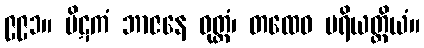
၉၉၁။ ပိဋကံ ဘာဇနေ ဝုတ္တံ၊ တထေဝ ပရိယတ္တိယံ။